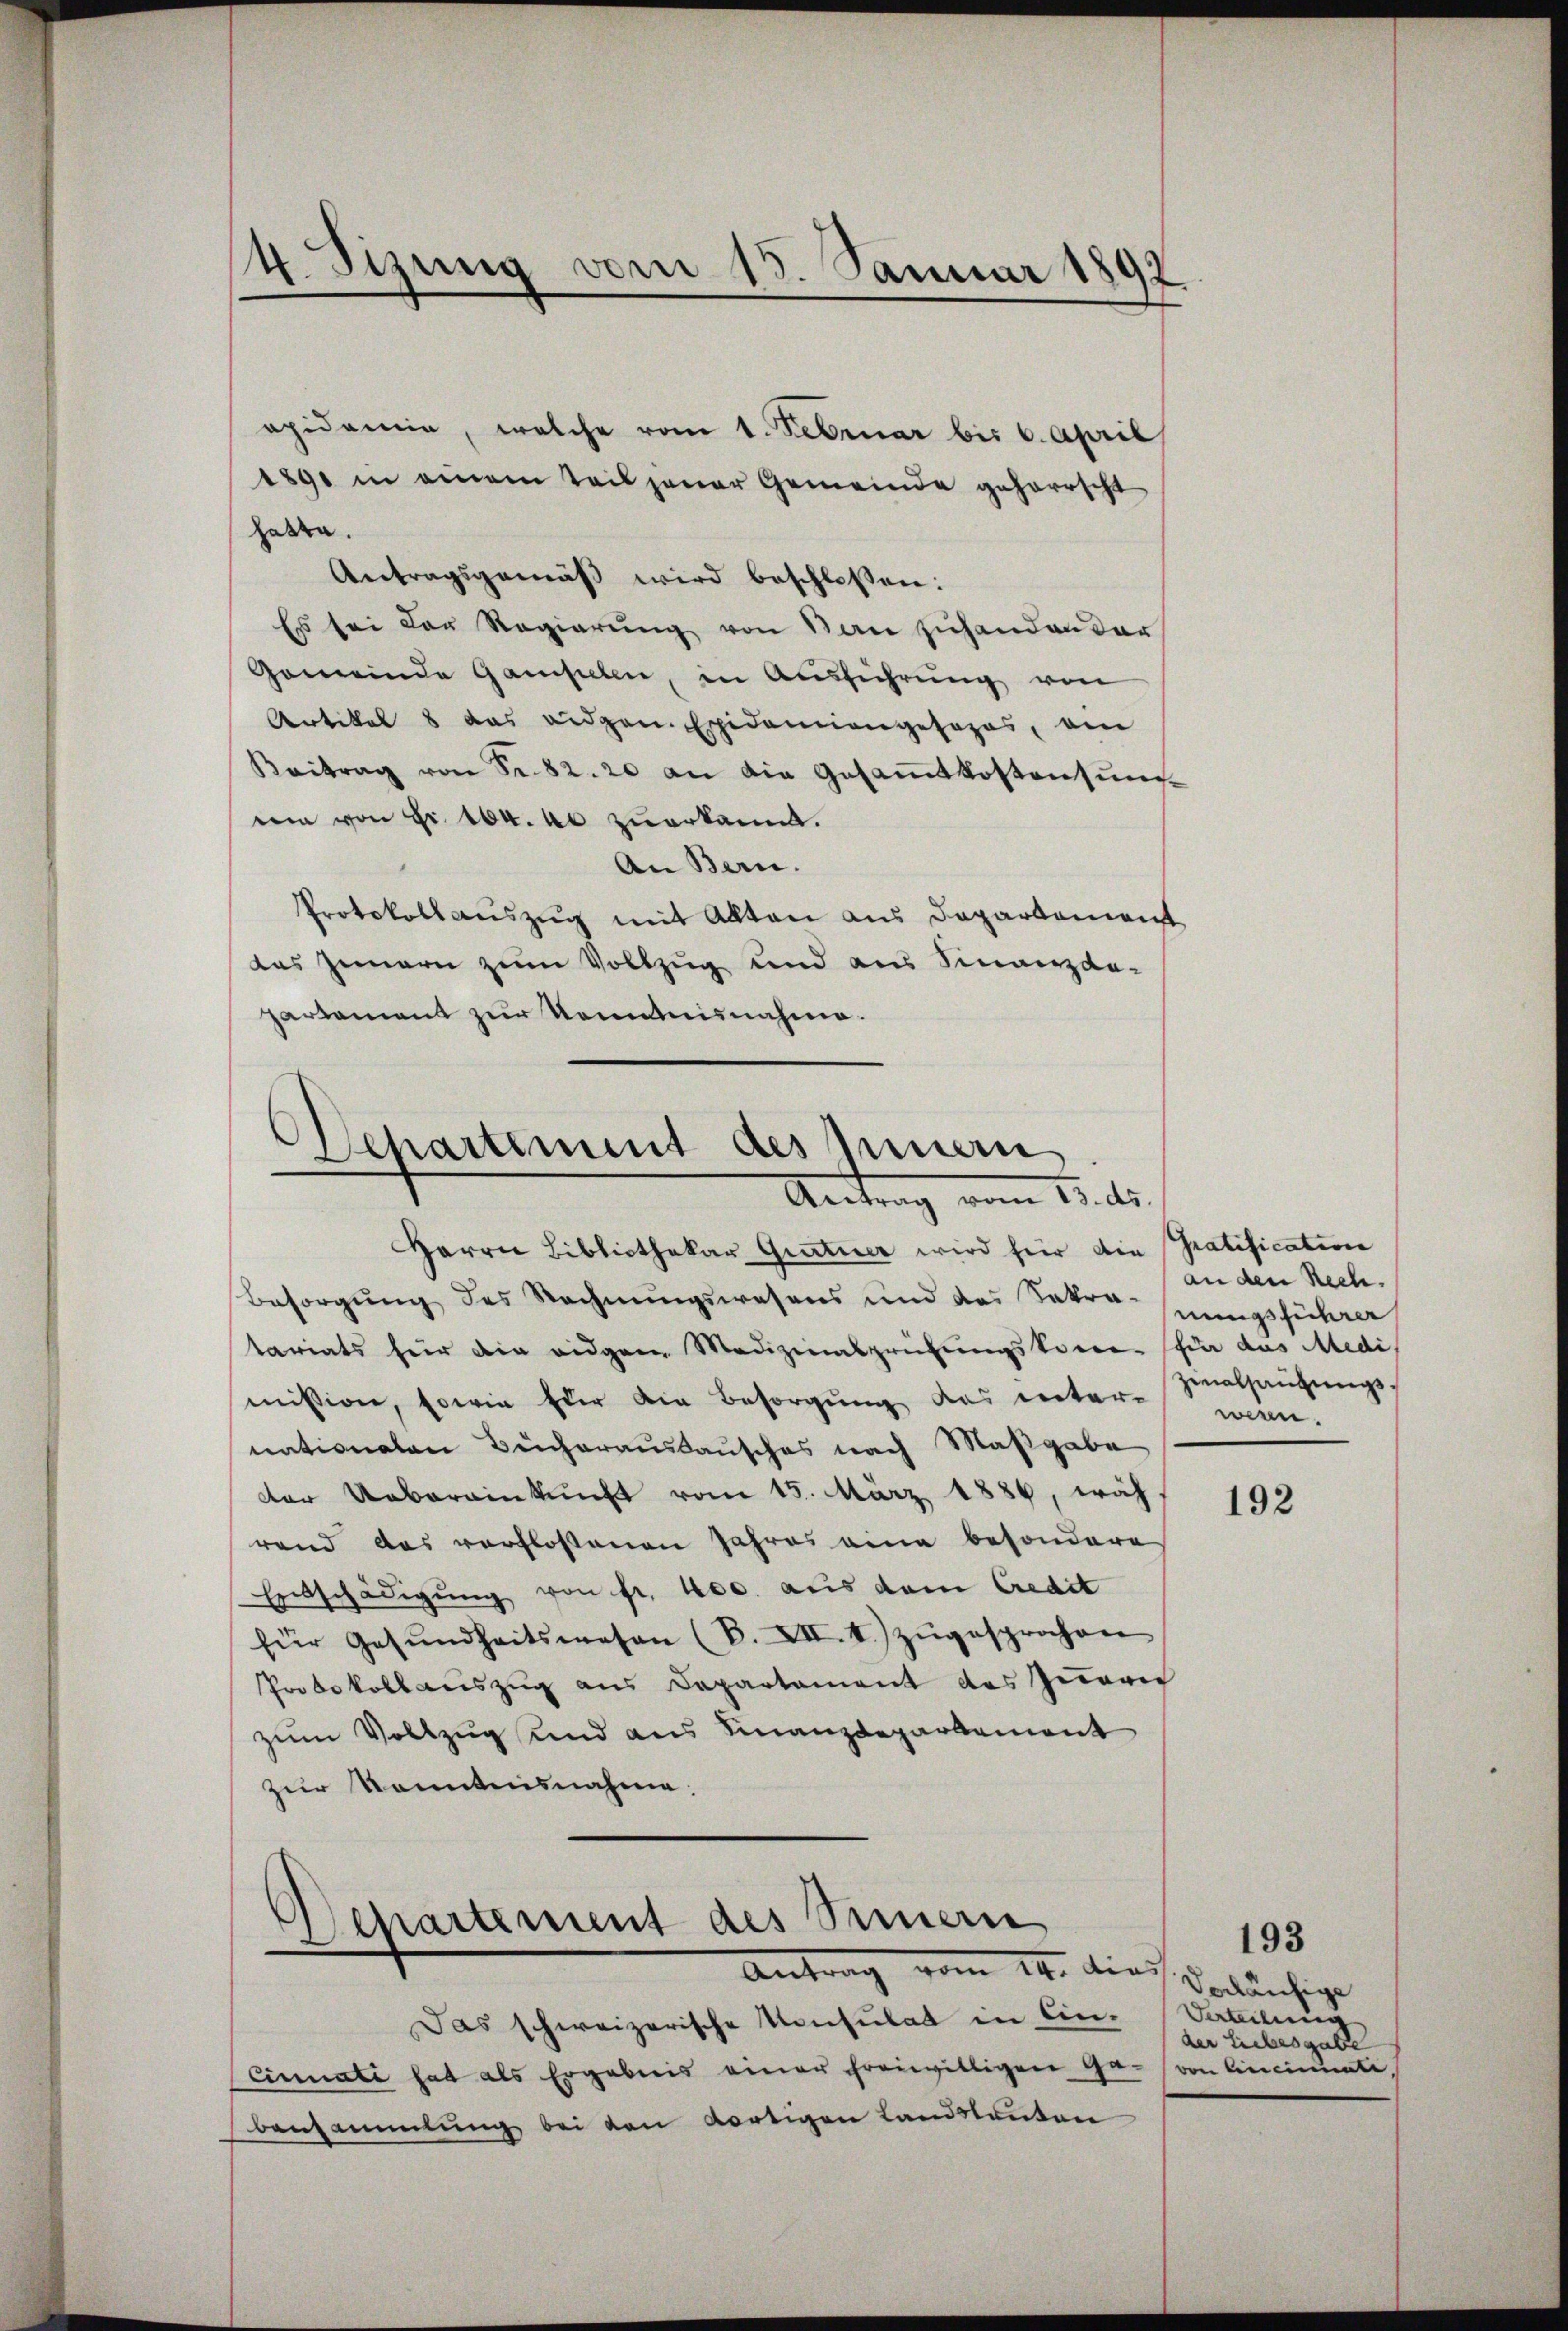
apidemie, welche vom 1. Februar bis 6. April
1890 in einem Teil jener Gemeinde geherrscht
habe.
Antragsgemäβ wird beschlossen:
Es sei der Regierung von San zuhanden dar
Gemeinde Gampelen, in Ausführung von
Artikel 8 das eidgen. Epidemiengesezes, ein
Kaitrag von Sr. 82. 20 an die Gesammtkostensunnei von Fr. 104. 40 zuerkannt.
An Bern.
Protokoll auszug mit Alten aus Departement
das Innern zum Vollzug und aus Finanzda-
partement zur Kenntnisnahme.

4. Sizung vom 15. Januar 1892

e
Departement des Innern
Antrag vom 13. ds.

Herrn Bibliothekar Gratier wird für die
Besorgŭng des Rechnŭngswesens und des Sakra-
tariats für die eidgen. Medizinalprüfungskorre- für das Medi
missiger, sowie Eder die Besorgung des unter-
nationalen Bucharaustausches nach Maßgabe
der Uebereinkunft vom 15. März 1886, wäh-
rend das verflossenen Jahres eine besondere
Entschädigŭng von fr. 400. aus dem Credit
für Gesŭndheitswesen (B. XII. I) zŭgesprochen
Protokoll aŭszŭg ans Departement des Züric
zum Vollzug und aus Finanzdepartement
zur Kenntnisnahme.

Departement des Simmern
Antrag vom 14. dies verdäuhige

Das schweizerische Konsulat in Ein-
Einnati hat als Ergebnis einer freiwittigen Ge-
bensammlung bei den dortigen Landskanten

Gratification
an den Rech
nungsführer
zinalhausungswern.

192

Verteilung
der Liebesgabe
von Cincinale,

193